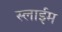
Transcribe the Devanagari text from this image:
स्लाईम